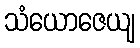
သံယောဇေယျ